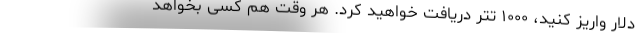
دلار واریز کنید، ۱۰۰۰ تتر دریافت خواهید کرد. هر وقت هم کسی بخواهد